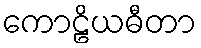
ကောဠိယဓီတာ